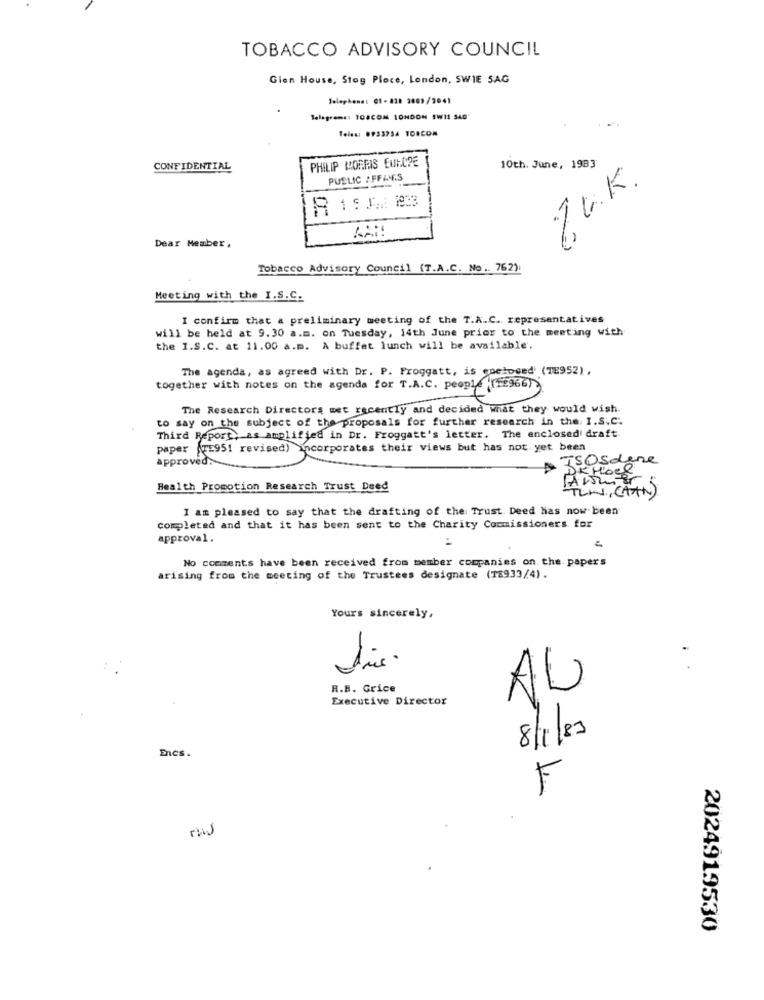
TOBACCO ADVISORY COUNCIL
Gien House, Stog Ploce, London, SWIE SAG
Telephone: 01-818 2003/2041
Telegrams: TO8COM LONDON SWIL SAG
Teles: 0933734 108COM
PHILIP MORRIS EUROPE
CONFIDENTIAL
10th. June, 1983
PUSLIC : FFA4F.S
KAR
Dear Member ,
Tobacco Advisory Council (T.A.C. No .. 762):
Meeting with the I.S.C.
I confirm that a preliminary meeting of the T.A.C. representatives
will be held at 9.30 a.m. on Tuesday, 14th June prior to the meeting with
the I.S.C. at 11.00 a.m. A buffet lunch will be available.
The agenda, as agreed with Dr. P. Proggatt, is enclosed (TE952) .
together with notes on the agenda for T.A.C. people (12966)?
The Research Directors met recently and decided what they would wish.
to say on the subject of the proposals for further research in the. I.S.C.
Third Report, as amplified in Dr. Froggatt's letter. The enclosed draft
paper (TE951 revised) incorporates their views but has not yet been
approved.
ISOSdene
DK HOCK
bez
Health Promotion Research Trust Deed
TEN , CAAN)
5
I am pleased to say that the drafting of the Trust. Deed has now been
completed and that it has been sent to the Charity Commissioners for
approval.
No comments have been received from member companies on. the. papers
arising from the meeting of the Trustees designate (18933/4).
Yours sincerely,
H.B. Grice
Executive Director
AU
8/1/83
Encs.
F
2024919530